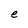
Character: e